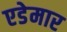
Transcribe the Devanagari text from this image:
एडेमार